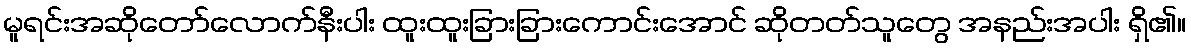
မူရင်းအဆိုတော်လောက်နီးပါး ထူးထူးခြားခြားကောင်းအောင် ဆိုတတ်သူတွေ အနည်းအပါး ရှိ၏။